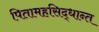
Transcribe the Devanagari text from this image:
पितामहसिद्धान्त